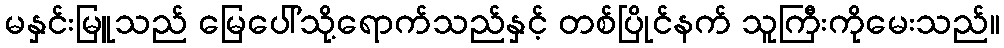
မနှင်းမြူသည် မြေပေါ်သို့ရောက်သည်နှင့် တစ်ပြိုင်နက် သူကြီးကိုမေးသည်။